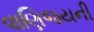
વાણિજયની